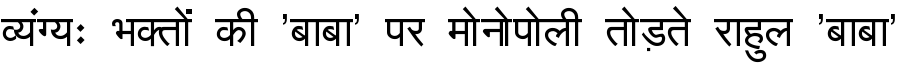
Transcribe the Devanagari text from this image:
व्यंग्यः भक्तों की 'बाबा' पर मोनोपोली तोड़ते राहुल 'बाबा'